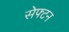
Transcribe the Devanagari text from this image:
सेफ्टन